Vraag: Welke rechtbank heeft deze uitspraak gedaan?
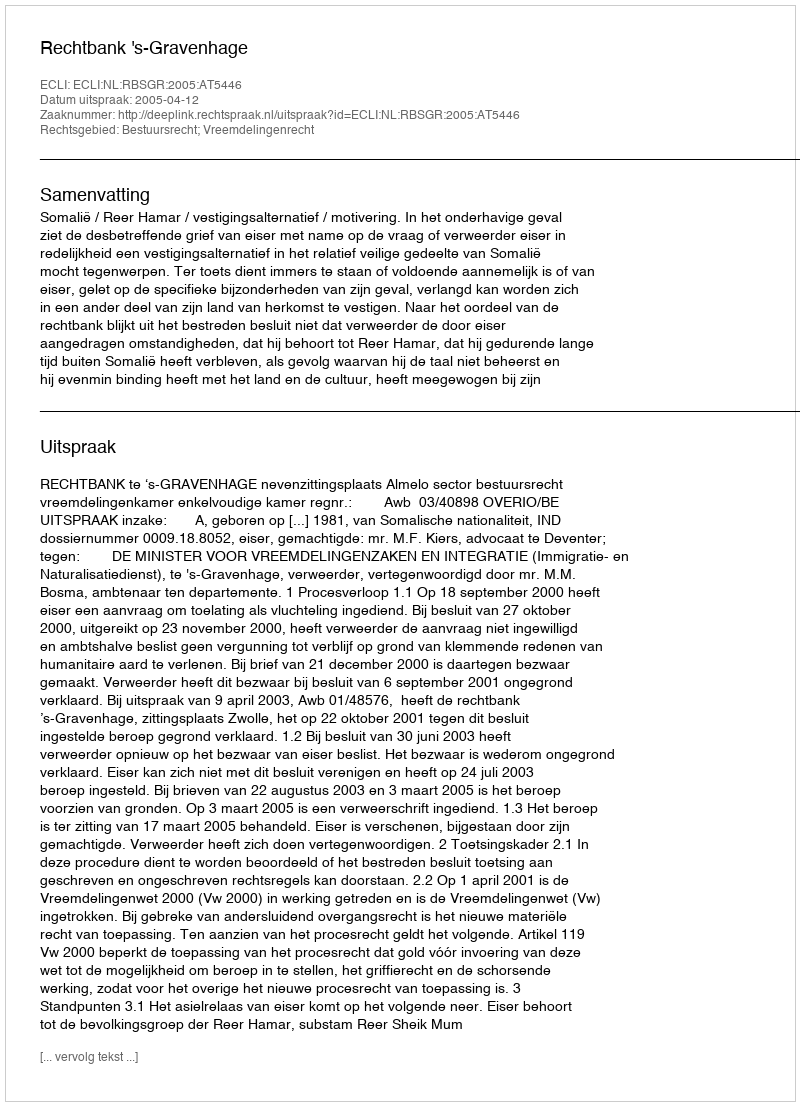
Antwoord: Rechtbank 's-Gravenhage